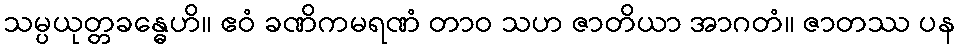
သမ္ပယုတ္တခန္ဓေဟိ။ ဧဝံ ခဏိကမရဏံ တာဝ သဟ ဇာတိယာ အာဂတံ။ ဇာတဿ ပန